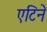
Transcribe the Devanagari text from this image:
एटिने